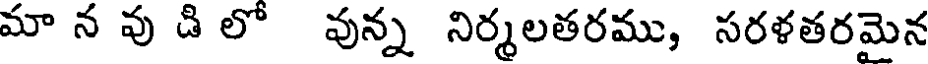
మా న వు డి లో వున్న నిర్మలతరము, సరళతరమైన